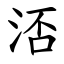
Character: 㳪